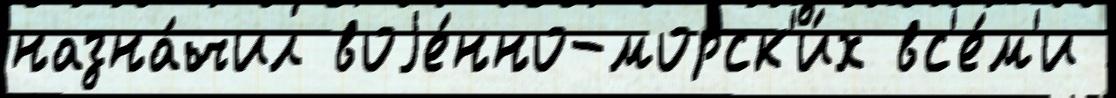
назна́чил воjе́нно-морск'и́х вс'е́м'и